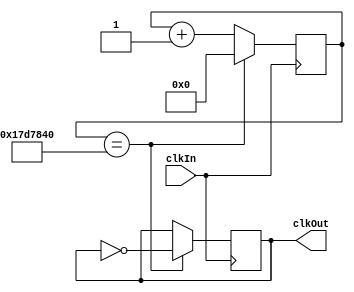
module ClkDivider(input clkIn, output clkOut);
	reg[31: 0] counter;
	reg clkReg;
	assign clkOut = clkReg;
	always @(posedge clkIn) begin
		counter <= counter + 1;
		if (counter == 25000000) begin
			clkReg <= ~clkReg;
			counter <= 0;
		end
	end
endmodule